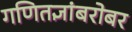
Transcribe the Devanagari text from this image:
गणितज्ञांबरोबर